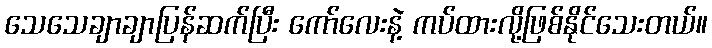
သေသေချာချာပြန်ဆက်ပြီး ကော်လေးနဲ့ ကပ်ထားလို့ဖြစ်နိုင်သေးတယ်။